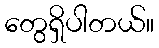
တွေရှိပါတယ်။